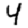
Digit: 4